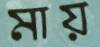
মায়